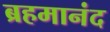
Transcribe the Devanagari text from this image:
ब्रहमानंद